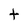
Character: t